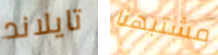
تايلاند مشتبهنا